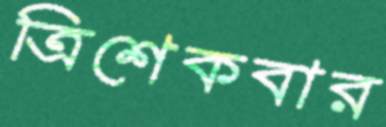
ত্রিশেকবার